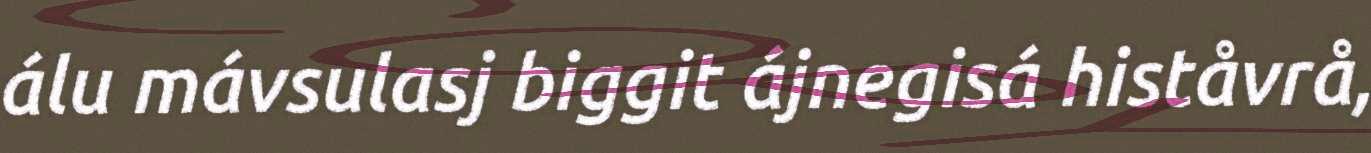
álu mávsulasj biggit ájnegisá histåvrå,